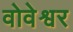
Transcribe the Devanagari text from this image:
वोवेश्वर